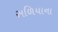
સળિયાના